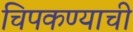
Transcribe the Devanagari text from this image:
चिपकण्याची